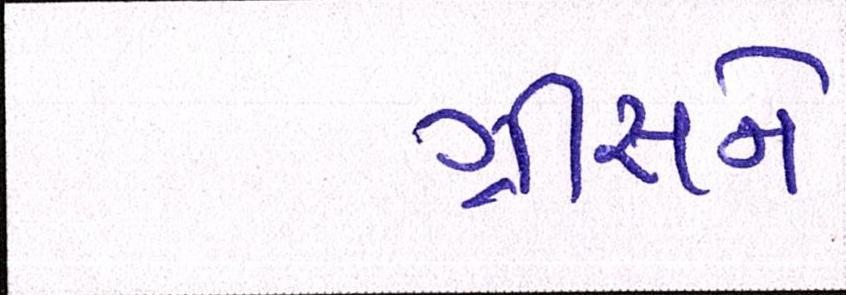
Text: ગ્રીસને